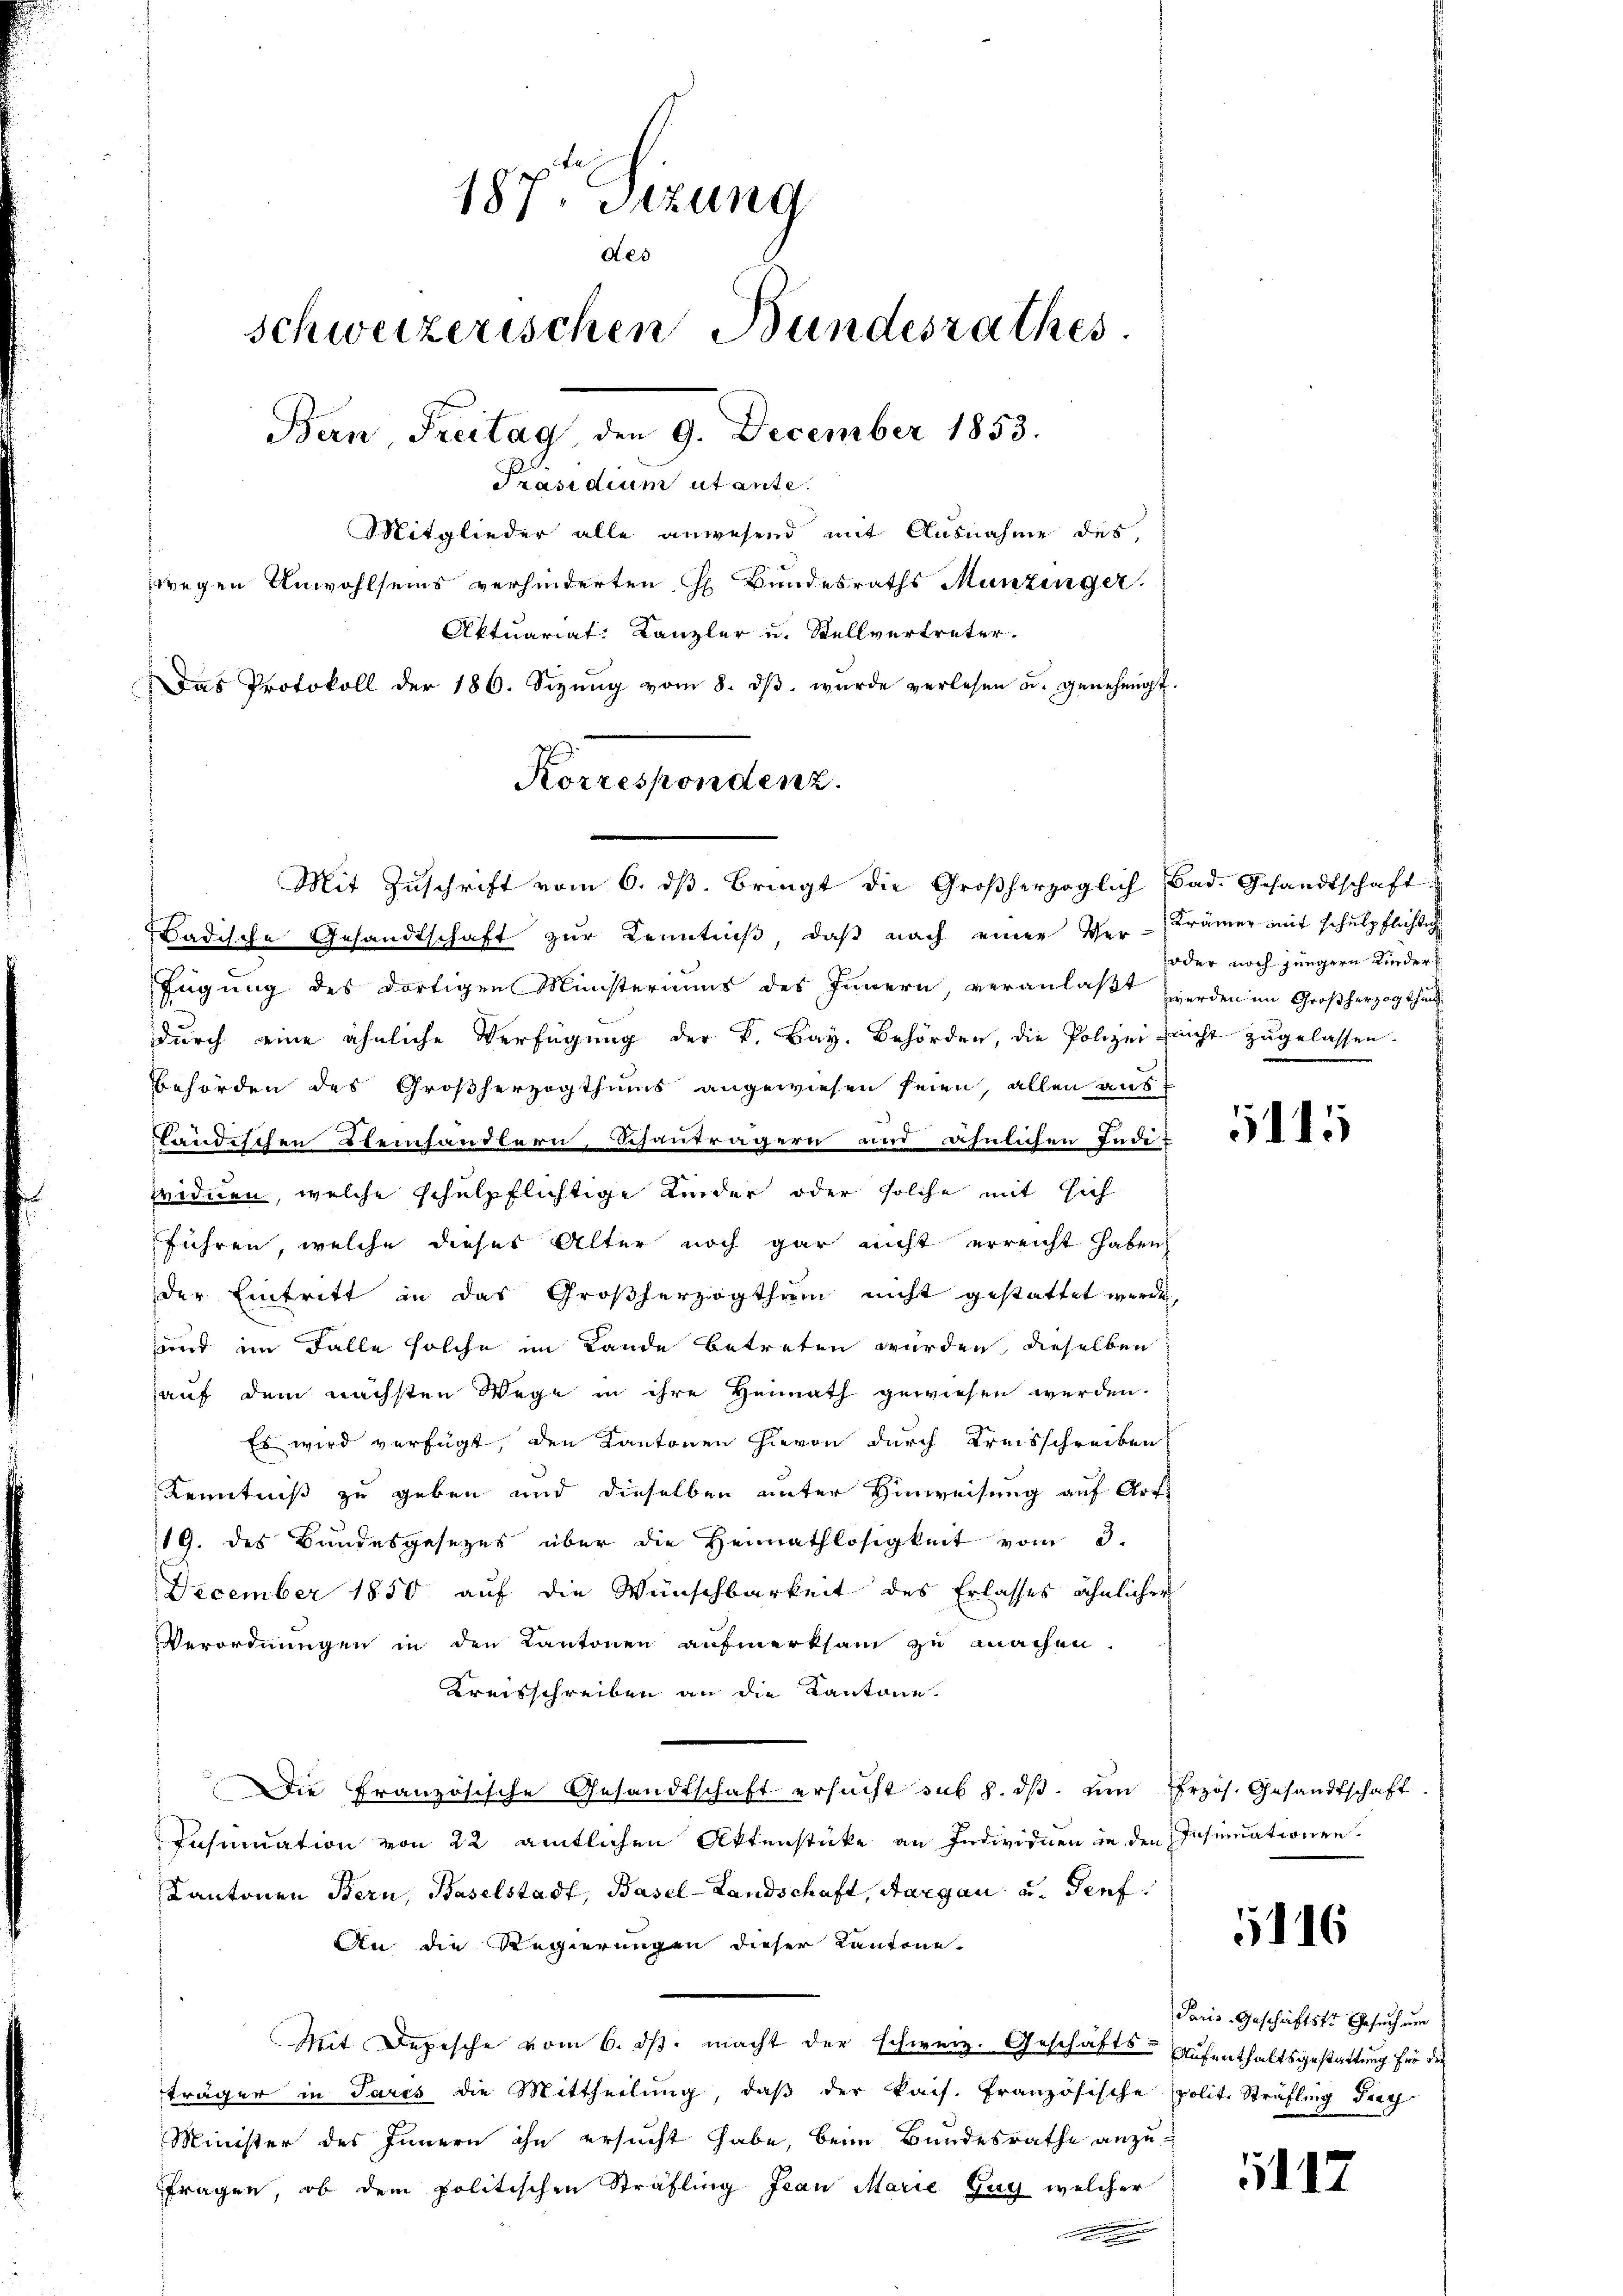
187. Sitzung
des
schweizerischen Bundesrathes.
Bern, Freitag, den 9. December 1853.
Präsidium utante.
Mitglieder alle anwesend mit Ausnahme des
zwegen Unwohlseins verhinderten G. Bundesraths Munzinger.
Aktuariat: Kanzler u. Stellvertreter.
Das Protokoll der 186. Sizŭng vom 8. dβ. wurde verlesen u. genehmigt.

Korrespondenz.
Mit Zŭschrift vom 6. dβ. bringt die Großherzoglich Bad. Gesandtschaft

Badische Gesandtschaft zur Kenntniß, daß nach einer Ver-Krämer mit schulpflichtig
fügung des dortigen Ministeriums des Innern veranlaßt werden im Großherzogtheil
durch eine ähnliche Verfügung der K. Bay. Behörden, die Polizei nicht zugelassen.
behörden des Großherzogthums angewiesen seien, allen aust
ländischen Steinhändlern, Schauträgern und ähnlichen Ende
ividuen, welche schulpflichtige Kinder oder solche mit sich
führen, welche dieses Alter noch gar nicht erreicht haben
der Eintritt in das Großherzogthum nicht gestattet werde.
und im Falle solche im Lande betreten wurden, dieselben
auf dem nächsten Wege in ihre Heimath gewiesen werden.
Es wird verfügt, den Kantonen hievon durch Kreisschreiben
Kenntniß zu geben und dieselben unter Hinweisung auf Art
19. des Bundesgesetzes über die Heimathlosigkeit vom 3.
December 1850 auf die Wünschbarkeit des Erlasses ähnlicher
Verordnungen in den Kantonen aufmerksam zu machen.
Kreisschreiben an die Kantone.
Die Französische Gesandtschaft ersucht sub 8. ds. um Erzös. Gesandtschaft
Insinuation von 22 amtlichen Aktenstücke an Individuen in den Insinuationen.
Kantonen Bern, Baselstadt, Basel-Landschaft, Aargau u. Genf.
An die Regierungen dieser Kantone.
Mit Depesche vom 6. ds. macht der schweiz. Geschäfts- Aufenthaltsgestattung für die
träger in Jares die Mittheilung, daß der kais. Französische polit. Sträfling dag
Minister des Innern ihn ersucht habe, beim Bundesrathe anzu-
fragen, ob dem politischen Sträfling Jean Marie Zug welcher
.

joder noch jüngern Lieder

1115

116

Paris Geschäftsste Gesuch zum

1112